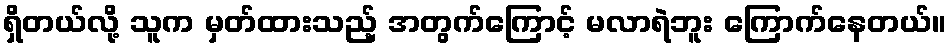
ရှိတယ်လို့ သူက မှတ်ထားသည့် အတွက်ကြောင့် မလာရဲဘူး ကြောက်နေတယ်။